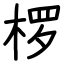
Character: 椤